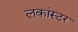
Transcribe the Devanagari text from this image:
लकांस्टर